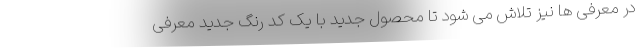
در معرفی ها نیز تلاش می شود تا محصول جدید با یک کد رنگ جدید معرفی